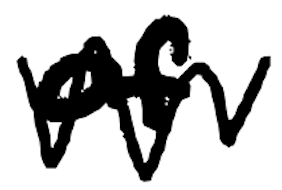
Text: of
Cross-out: mix
Writing tool: digital_black